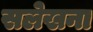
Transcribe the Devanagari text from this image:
सलेखना